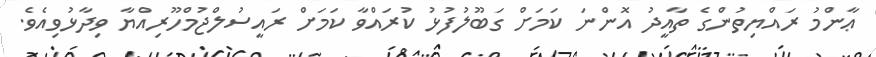
ޢާންމު ރައްޔިތުންގެ ތާއީދު އޮންނަ ކަމަށް ގަބޫލުފުޅު ކުރައްވާ ކަމަށް ރައީސުލްޖުމްހޫރިއްޔާ ވިދާޅުވިއެވެ.